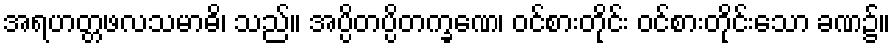
အရဟတ္တဖလသမာဓိ၊ သည်။ အပ္ပိတပ္ပိတက္ခဏေ၊ ဝင်စားတိုင်း ဝင်စားတိုင်းသော ခဏ၌။